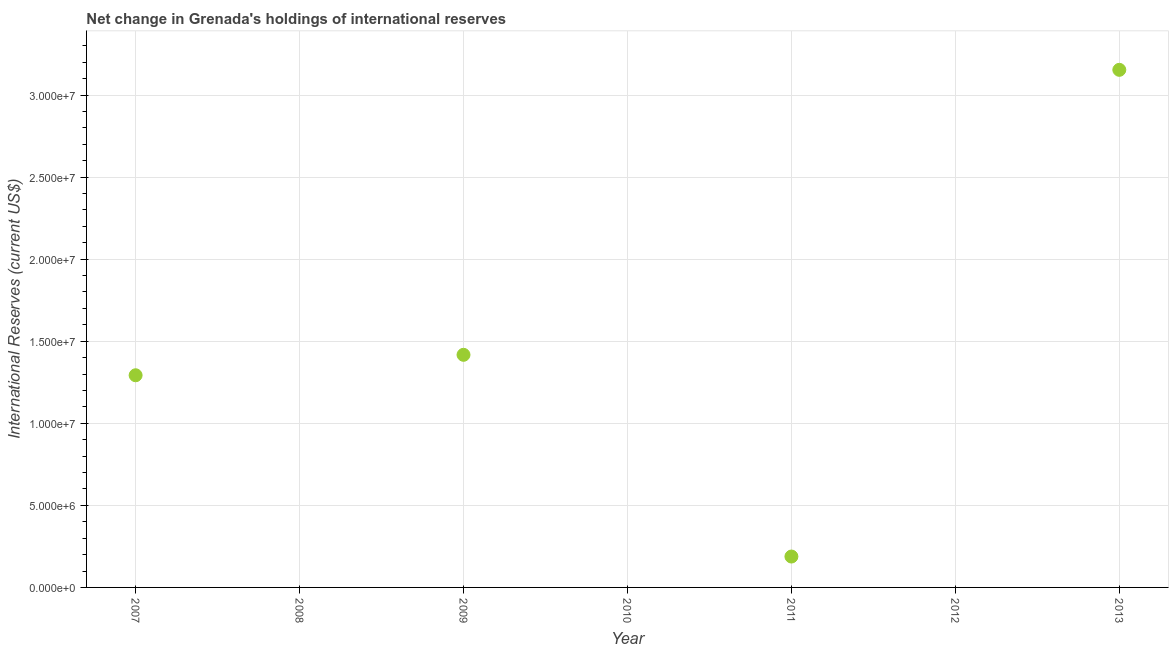
| Year | Reserves and related items |
 | --- | --- |
 | 2007 | 1.29e+07 |
 | 2008 | -1.24e+07 |
 | 2009 | 1.42e+07 |
 | 2010 | -1.6e+07 |
 | 2011 | 1.88e+06 |
 | 2012 | -1.9e+06 |
 | 2013 | 3.15e+07 |